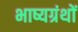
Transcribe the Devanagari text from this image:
भाष्यग्रंथों